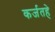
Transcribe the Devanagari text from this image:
कर्जतहे